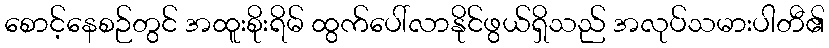
စောင့်နေစဉ်တွင် အထူးစိုးရိမ် ထွက်ပေါ်လာနိုင်ဖွယ်ရှိသည် အလုပ်သမားပါတီ၏